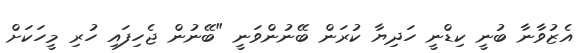
އެޒުވާނާ ބުނީ ކިޑްނީ ހަދިޔާ ކުރަން ބޭނުންވަނީ "ބޭނުން ޖެހިފައި ހުރި މީހަކަށް